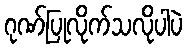
ဂုဏ်ပြုလိုက်သလိုပါပဲ